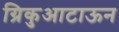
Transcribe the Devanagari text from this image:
ग्रिकुआटाऊन